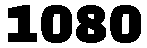
1080